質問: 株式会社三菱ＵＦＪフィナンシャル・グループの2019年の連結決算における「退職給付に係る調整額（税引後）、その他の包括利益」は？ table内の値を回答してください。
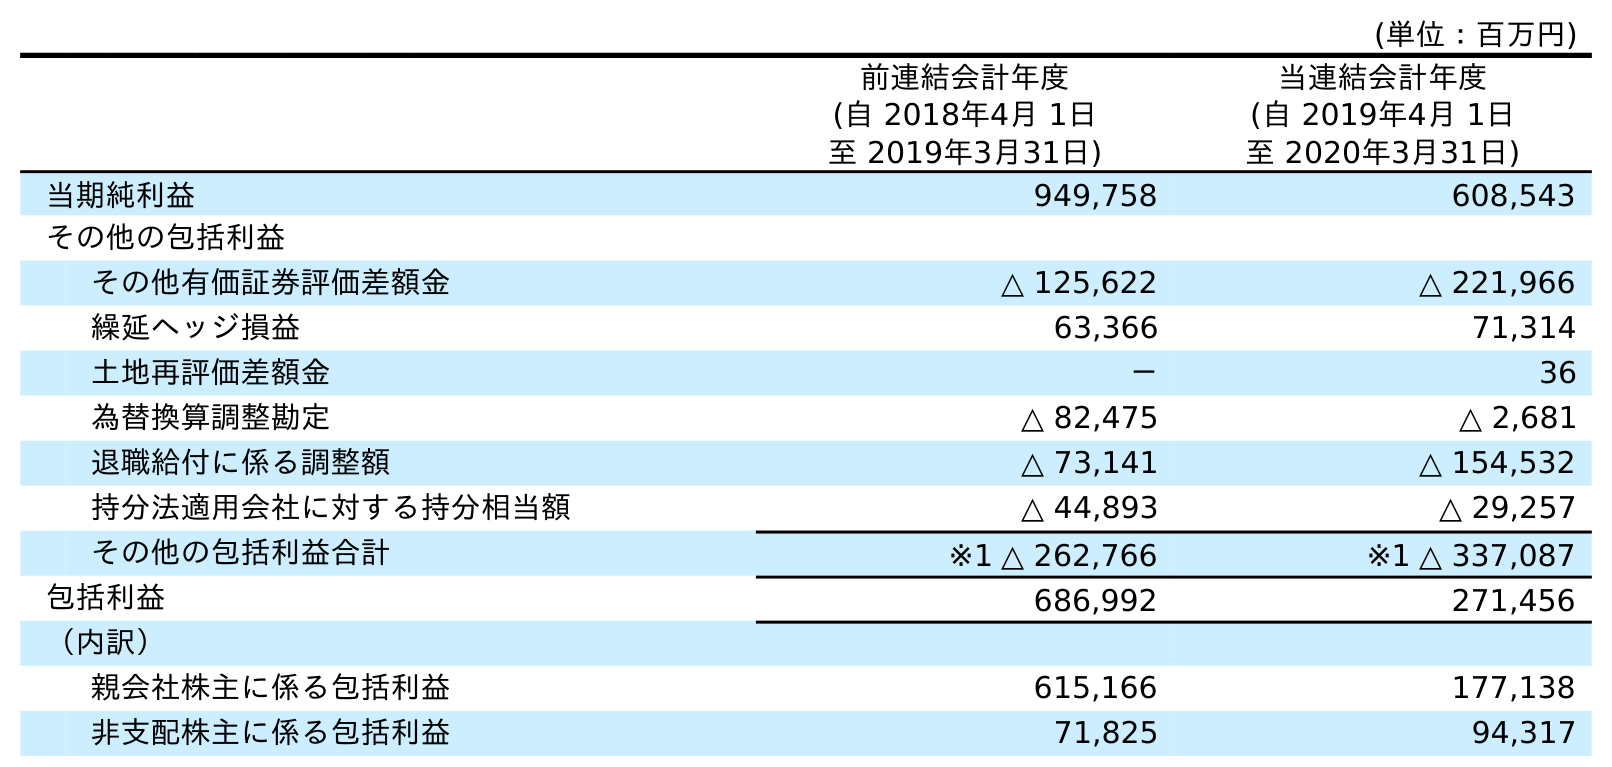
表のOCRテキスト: (単位：百万円) 前連結会計年度 (自 2018年4月 1日 至 2019年3月31日) 当連結会計年度 (自 2019年4月 1日 至 2020年3月31日) 当期純利益 949,758 608,543 その他の包括利益 その他有価証券評価差額金 △ 125,622 △ 221,966 繰延ヘッジ損益 63,366 71,314 土地再評価差額金 － 36 為替換算調整勘定 △ 82,475 △ 2,681 退職給付に係る調整額 △ 73,141 △ 154,532 持分法適用会社に対する持分相当額 △ 44,893 △ 29,257 その他の包括利益合計 ※1 △ 262,766 ※1 △ 337,087 包括利益 686,992 271,456 （内訳） 親会社株主に係る包括利益 615,166 177,138 非支配株主に係る包括利益 71,825 94,317
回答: △73,141